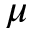
\mu